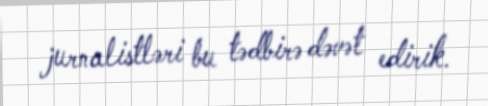
jurnalistləri bu tədbirə dəvət edirik.